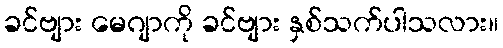
ခင်ဗျား မေဂျာကို ခင်ဗျား နှစ်သက်ပါသလား။